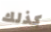
كذلك